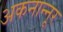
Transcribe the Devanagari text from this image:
अकनान्नूर